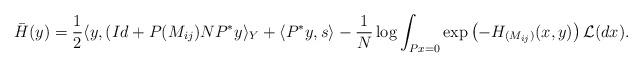
LaTeX: \begin{align*}\bar{H}(y) = \frac{1}{2} \langle y, (Id + P(M_{ij}) NP^* y \rangle_Y + \langle P^* y , s \rangle - \frac{1}{N}\log \int_{Px=0} \exp \left( -H_{(M_{ij})} (x,y) \right) \mathcal{L}(dx).\end{align*}